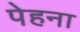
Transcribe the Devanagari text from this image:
पेहना